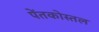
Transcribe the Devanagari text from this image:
पेंतकोस्तल